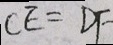
C E = D F